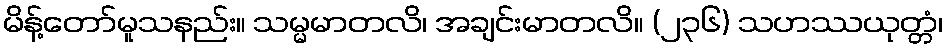
မိန့်တော်မူသနည်း။ သမ္မမာတလိ၊ အချင်းမာတလိ။ (၂၃၆) သဟဿယုတ္တံ၊